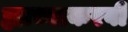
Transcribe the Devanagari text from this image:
ह्याच्याकरवी